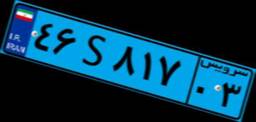
۴۶S۸۱۷۰۳